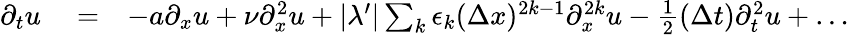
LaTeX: \begin{array}{rlr}{\partial_{t}u}&{{}=}&{-a\partial_{x}u+\nu\partial_{x}^{2}u+|\lambda^{\prime}|\sum_{k}\epsilon_{k}(\Delta x)^{2k-1}\partial_{x}^{2k}u-\frac{1}{2}(\Delta t)\partial_{t}^{2}u+\dots}\end{array}